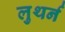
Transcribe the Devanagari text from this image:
लुथर्न